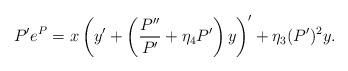
LaTeX: \begin{align*} P'e^P = x \left( y' + \left( \frac{P''}{P'} + \eta_4 P' \right) y \right)' + \eta_3 (P')^2 y .\end{align*}